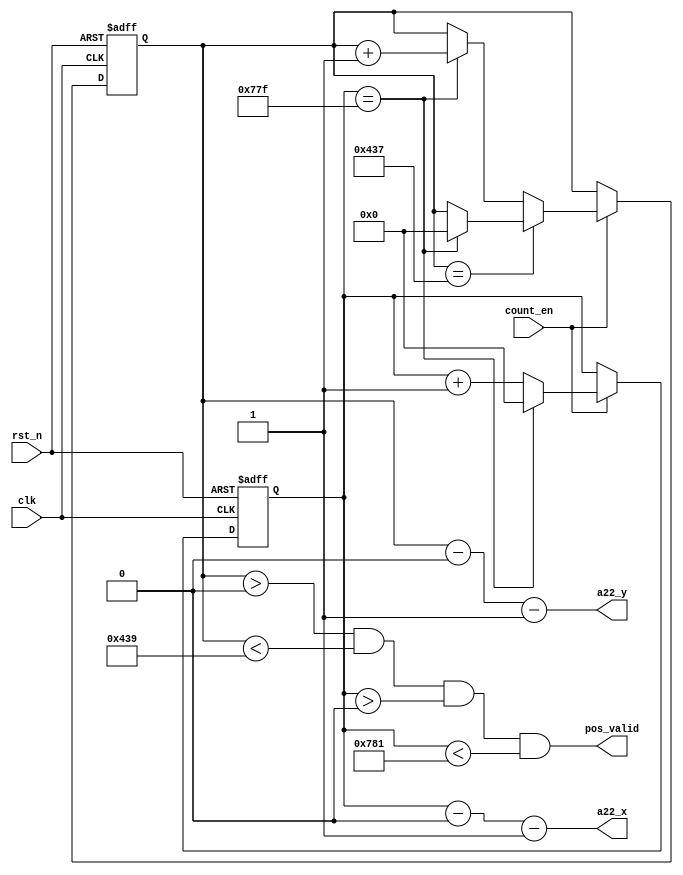
module sobel_position_calculate#(
    parameter   RAW_FRAME_COLNUM    =   1920,
    parameter   RAW_FRAME_ROWNUM    =   1080,
    parameter   COL_PAD_WIDTH       =   0   ,
    parameter   ROW_PAD_WIDTH       =   0
)(
    input               clk         ,    
    input               rst_n       ,
    input               count_en    ,

    output      [11:0]  a22_x       ,   //1920*1080
    output      [11:0]  a22_y       ,   
    output  wire        pos_valid       //1920*1080
);
//***************************CNT**************************//
reg [11:0]  row_cnt;
reg [11:0]  col_cnt;
always @(posedge clk,negedge rst_n) begin
    if(!rst_n)begin
        row_cnt <=  12'd0;
        col_cnt <=  12'd0;
    end
    else if(count_en)begin
        if(row_cnt == RAW_FRAME_ROWNUM-1)begin
            if(col_cnt == RAW_FRAME_COLNUM -1)begin//case1
                row_cnt <=  12'd0;
                col_cnt <=  12'd0;                
            end
            else begin                             //case2
                row_cnt <=  row_cnt;
                col_cnt <=  col_cnt + 1'b1;                 
            end
        end
        else begin
            if(col_cnt == RAW_FRAME_COLNUM -1)begin//case3
                row_cnt <=  row_cnt + 1'b1;
                col_cnt <=  12'd0;
            end
            else begin                             //case4
                row_cnt <=  row_cnt;
                col_cnt <=  col_cnt + 1'b1;                
            end  
        end
    end
    else begin
        row_cnt <=  row_cnt; 
        col_cnt <=  col_cnt;
    end
end
//*******************pos_calculate**************************//
// assign  pos_valid = (row_cnt>ROW_PAD_WIDTH)&&(row_cnt<RAW_FRAME_ROWNUM-ROW_PAD_WIDTH+1)&&
//                     (col_cnt>COL_PAD_WIDTH)&&(col_cnt<RAW_FRAME_COLNUM-COL_PAD_WIDTH+1);
assign  pos_valid = (row_cnt > ROW_PAD_WIDTH)&&(row_cnt<RAW_FRAME_ROWNUM-ROW_PAD_WIDTH+1)&&
                    (col_cnt > COL_PAD_WIDTH)&&(col_cnt<RAW_FRAME_COLNUM-COL_PAD_WIDTH+1);
assign  a22_x     = col_cnt -COL_PAD_WIDTH -1;   //col,only pos_valid the value is valid
assign  a22_y     = row_cnt -ROW_PAD_WIDTH -1;
endmodule